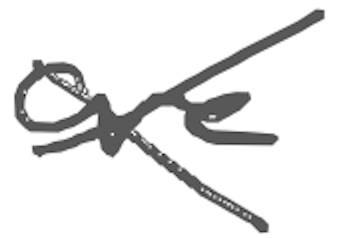
Text: are
Cross-out: cross
Writing tool: digital_gray